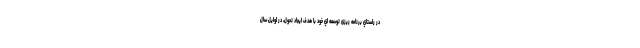
در راستاي برنامه ریزی توسعه اي خود با هدف ایجاد تحول، در اوايل سال